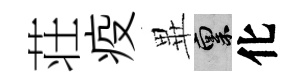
荘疫𭺾禀化